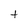
Character: t